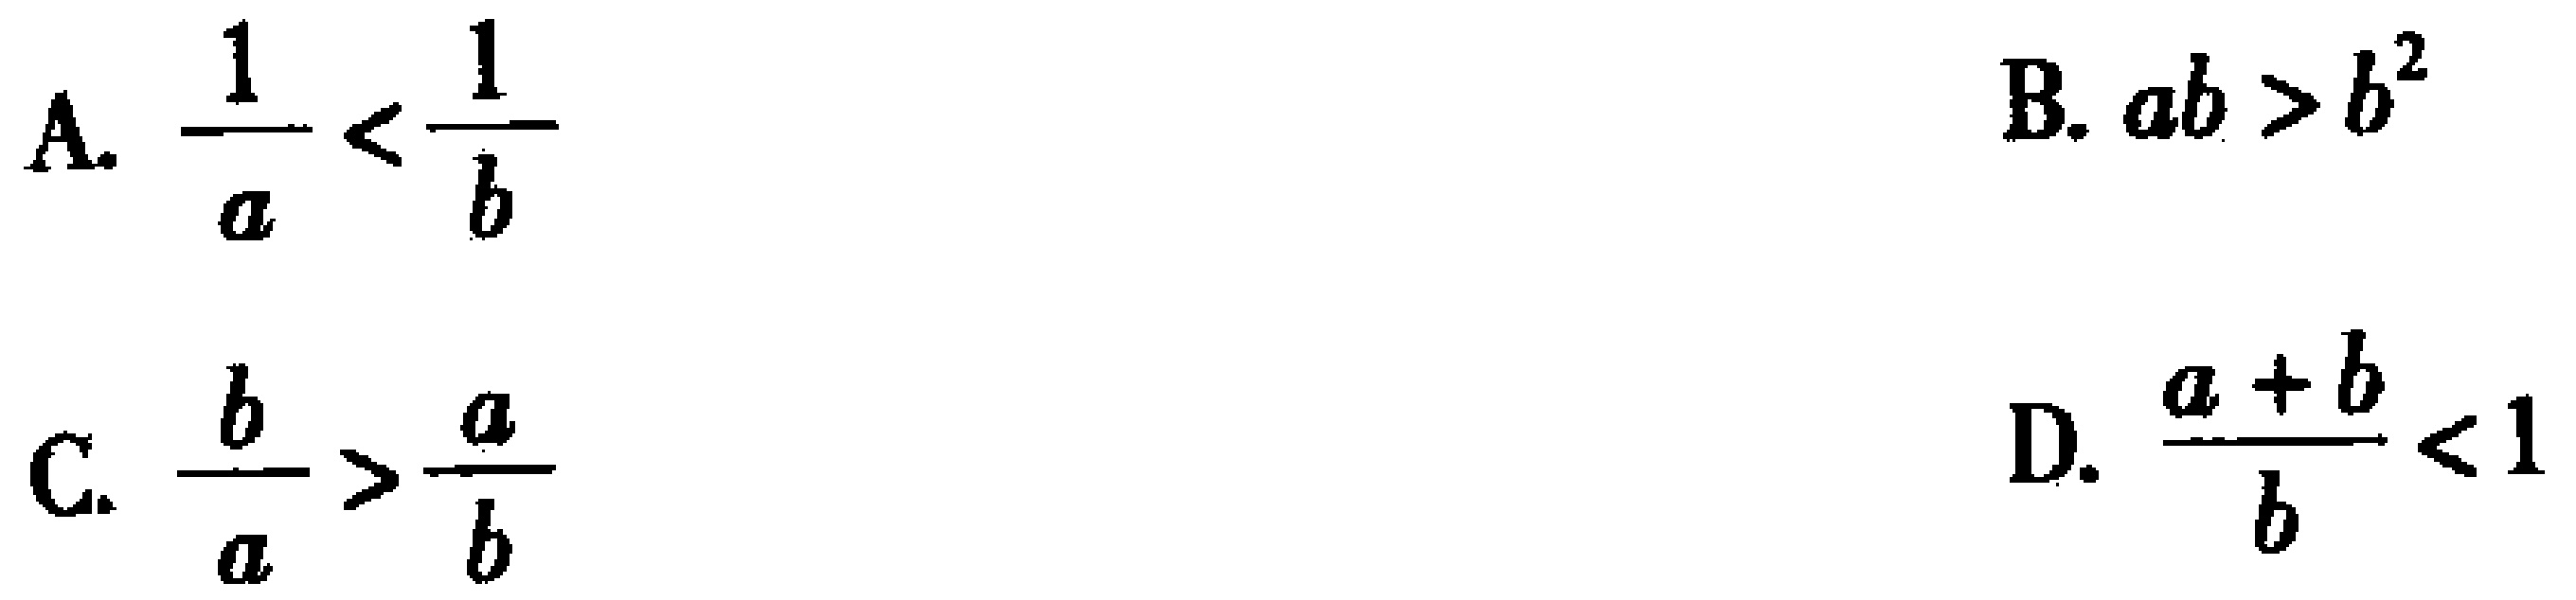
A. \(\frac{1}{a} < \frac{1}{b}\)

B. \(ab > b^{2}\)

C. \(\frac{b}{a} > \frac{a}{b}\)

D. \(\frac{a + b}{b} < 1\)